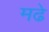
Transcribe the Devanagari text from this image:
मढे